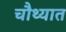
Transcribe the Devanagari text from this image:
चौथ्यात